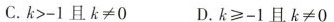
C.$$k > - 1$$且$$k ≠ 0$$ D.$$k ≥ - 1$$且$$k ≠ 0$$